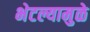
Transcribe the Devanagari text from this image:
भेटल्यामुळे